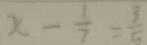
x - \frac { 1 } { 7 } = \frac { 1 } { 5 }